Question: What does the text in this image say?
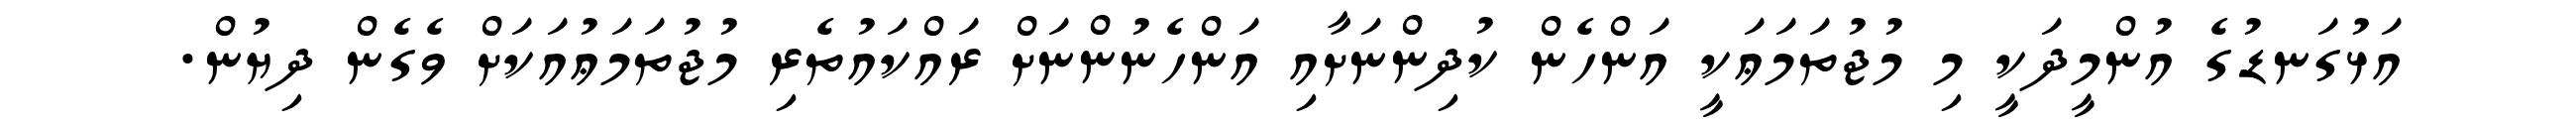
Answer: އަޅުގަނޑުގެ އުންމީދަކީ މި މުޖުތަމަޢަކީ އަންހެން ކުދިންނަށާއި އަންހެނުންނަށް ރައްކައުތެރި މުޖުތަމަޢުއަކަށް ވެގެން ދިޔުން.